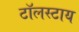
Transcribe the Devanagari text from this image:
टॉलस्टाय